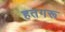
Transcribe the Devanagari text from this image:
हतगरू